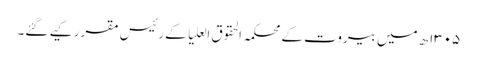
۱۳۰۵ھ میں بیروت کے محکمہ الحقوق العلیا کے رئیس مقرر کیے گئے۔